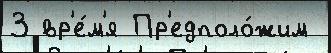
3 вр'е́м'я Пр'едполо́жим